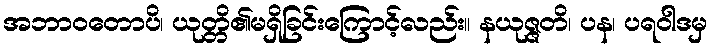
အဘာဝတောပိ၊ ယုတ္တိ၏မရှိခြင်းကြောင့်လည်း။ နယုဇ္ဇတိ၊ ပန၊ ပရဝါဒမှ